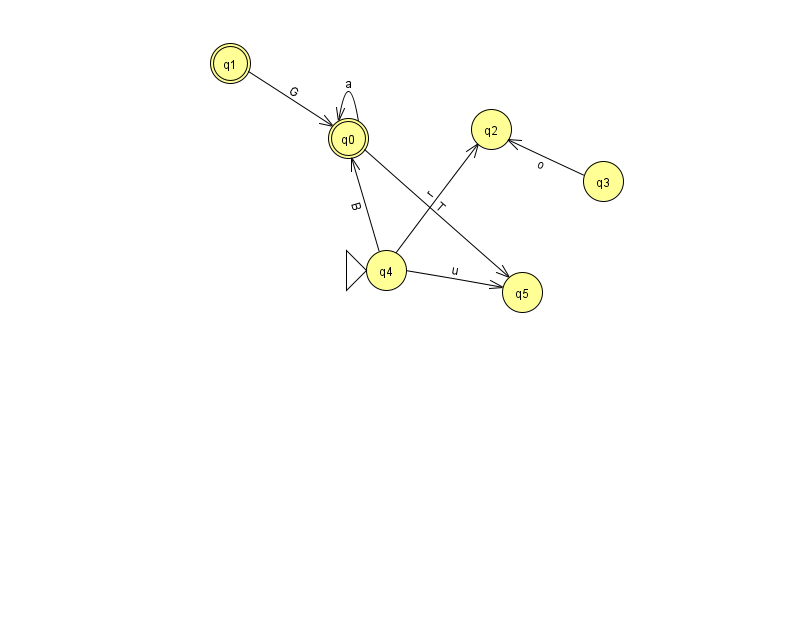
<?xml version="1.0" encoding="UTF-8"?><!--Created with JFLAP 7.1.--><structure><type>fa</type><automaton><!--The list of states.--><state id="0" name="q0"><x>348.0</x><y>125.0</y><final/></state><state id="1" name="q1"><x>230.0</x><y>50.0</y><final/></state><state id="2" name="q2"><x>491.0</x><y>116.0</y></state><state id="3" name="q3"><x>603.0</x><y>168.0</y></state><state id="4" name="q4"><x>386.0</x><y>257.0</y><initial/></state><state id="5" name="q5"><x>522.0</x><y>279.0</y></state><!--The list of transitions.--><transition><from>4</from><to>0</to><read>B</read></transition><transition><from>0</from><to>0</to><read>a</read></transition><transition><from>3</from><to>2</to><read>o</read></transition><transition><from>4</from><to>5</to><read>u</read></transition><transition><from>0</from><to>5</to><read>T</read></transition><transition><from>1</from><to>0</to><read>G</read></transition><transition><from>4</from><to>2</to><read>r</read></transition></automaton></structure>